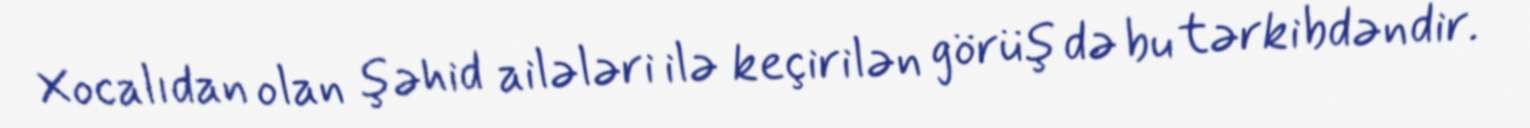
Xocalıdan olan şəhid ailələri ilə keçirilən görüş də bu tərkibdəndir.